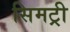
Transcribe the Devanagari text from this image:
सिमट्री